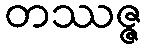
တဿဇ္ဇ